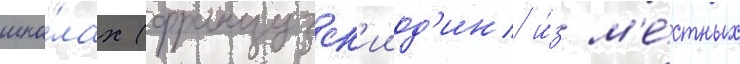
шко́лах (французск'ииод'ин и́з м'е́стных